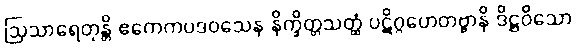
ဩသာရေတုန္တိ ဧကေကပဒဝသေန နိက္ခိတ္တသတ္ထံ ပဋိဂ္ဂဟေတဗ္ဗာနိ ဒိဋ္ဌဝိသော